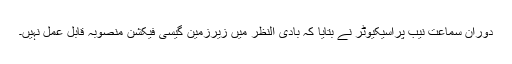
دوران سماعت نیب پراسیکیوٹر نے بتایا کہ بادی النظر میں زیرزمین گیسی فیکشن منصوبہ قابل عمل نہیں۔